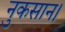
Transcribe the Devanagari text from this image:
नुकसान।